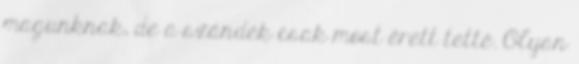
magunknak, de a szándék csak most érett tetté. Olyan